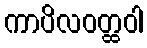
ကာပိလဝတ္ထဝါ